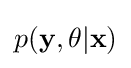
p({\bf {y}},\theta |{\bf {x}})